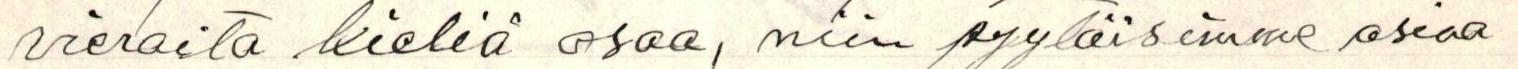
vieraita kieliä osaa, niin pyytäisimme asiaa